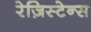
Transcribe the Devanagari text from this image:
रेज़िस्टेन्स